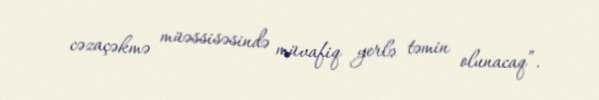
cəzaçəkmə müəssisəsində müvafiq yerlə təmin olunacaq”.